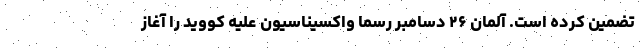
تضمین کرده است. آلمان ۲۶ دسامبر رسما واکسیناسیون علیه کووید را آغاز